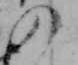
の